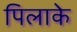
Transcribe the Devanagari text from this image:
पिलाके